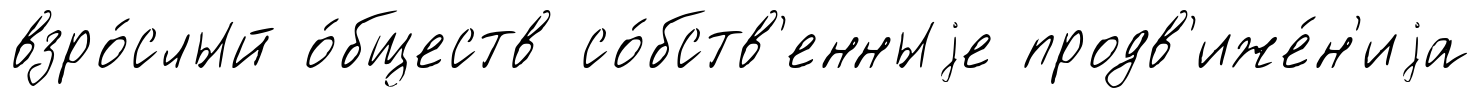
взро́слый о́бществ со́бств'енныjе продв'иже́н'иjа